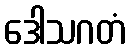
ဒေါသဂတံ